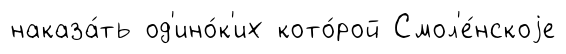
наказа́ть од'ино́к'их кото́рой Смол'е́нскоjе